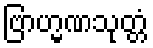
ဗြာဟ္မဏသုတ္တံ